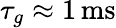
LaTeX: \tau_{g}\approx 1\, \mathrm{ms}